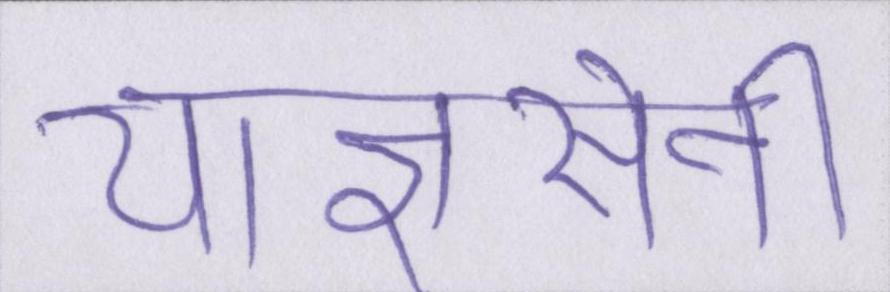
याज्ञसेनी